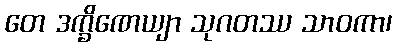
တေ ဒက္ခိဏေယျာ သုဂတဿ သာဝကာ၊